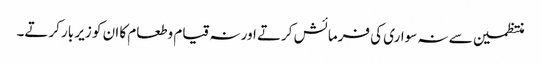
منتظمین سے نہ سواری کی فرمائش کرتے اور نہ قیام وطعام کا ان کو زیر بار کرتے۔